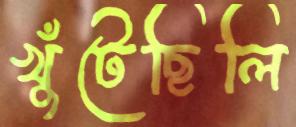
খুঁটেছিলি